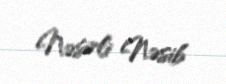
Nəsirli Nəsib